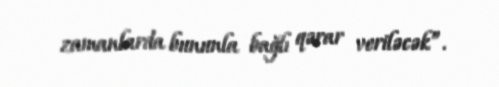
zamanlarda bununla bağlı qərar veriləcək”.